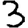
Digit: 3